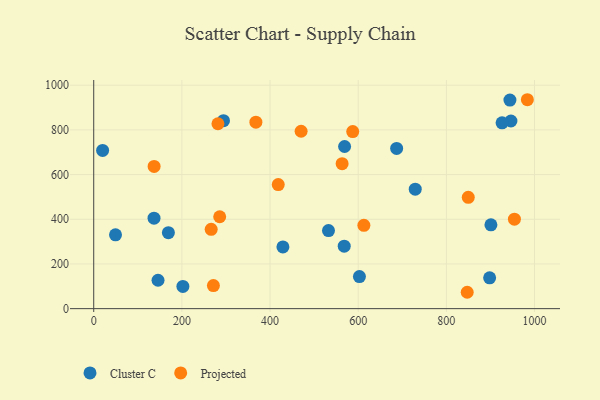
{"axis": {"x": "Speed", "y": "Rating"}, "legend": ["Cluster C", "Projected"], "data": [{"x": "429.2", "y": 276.4, "type": "Cluster C"}, {"x": "946.5", "y": 839.8, "type": "Cluster C"}, {"x": "202.3", "y": 99.7, "type": "Cluster C"}, {"x": "20.2", "y": 708.2, "type": "Cluster C"}, {"x": "926.4", "y": 831.4, "type": "Cluster C"}, {"x": "569.1", "y": 725.6, "type": "Cluster C"}, {"x": "687.2", "y": 717.2, "type": "Cluster C"}, {"x": "145.9", "y": 127.1, "type": "Cluster C"}, {"x": "49.4", "y": 330.3, "type": "Cluster C"}, {"x": "294.4", "y": 841.2, "type": "Cluster C"}, {"x": "169.4", "y": 339.8, "type": "Cluster C"}, {"x": "898.2", "y": 138.0, "type": "Cluster C"}, {"x": "568.3", "y": 279.6, "type": "Cluster C"}, {"x": "901.1", "y": 375.2, "type": "Cluster C"}, {"x": "729.4", "y": 534.7, "type": "Cluster C"}, {"x": "532.6", "y": 349.4, "type": "Cluster C"}, {"x": "602.8", "y": 143.7, "type": "Cluster C"}, {"x": "944.2", "y": 933.3, "type": "Cluster C"}, {"x": "136.8", "y": 404.9, "type": "Cluster C"}, {"x": "587.6", "y": 792.3, "type": "Projected"}, {"x": "849.7", "y": 498.4, "type": "Projected"}, {"x": "367.9", "y": 834.5, "type": "Projected"}, {"x": "954.4", "y": 400.4, "type": "Projected"}, {"x": "847.3", "y": 73.3, "type": "Projected"}, {"x": "563.5", "y": 649.0, "type": "Projected"}, {"x": "271.5", "y": 103.1, "type": "Projected"}, {"x": "281.8", "y": 827.4, "type": "Projected"}, {"x": "266.5", "y": 354.9, "type": "Projected"}, {"x": "612.9", "y": 372.9, "type": "Projected"}, {"x": "137.0", "y": 636.5, "type": "Projected"}, {"x": "983.8", "y": 935.0, "type": "Projected"}, {"x": "285.8", "y": 411.2, "type": "Projected"}, {"x": "470.5", "y": 793.9, "type": "Projected"}, {"x": "418.6", "y": 555.1, "type": "Projected"}]}